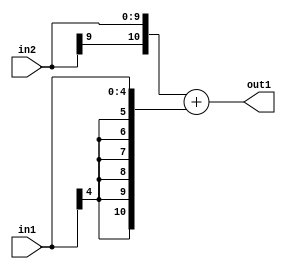
`timescale 1ps / 1ps
/*****************************************************************************
    Verilog RTL Description
    
    
    Created by: Stratus DpOpt 2019.1.01 
*******************************************************************************/

module DC_Filter_Add_10Sx5S_11S_1 (
	in2,
	in1,
	out1
	); /* architecture "behavioural" */ 
input [9:0] in2;
input [4:0] in1;
output [10:0] out1;
wire [10:0] asc001;

assign asc001 = 
	+({in2[9], in2})
	+({{6{in1[4]}}, in1});

assign out1 = asc001;
endmodule

/* CADENCE  ubL5Tg4= : u9/ySgnWtBlWxVPRXgAZ4Og= ** DO NOT EDIT THIS LINE ******/